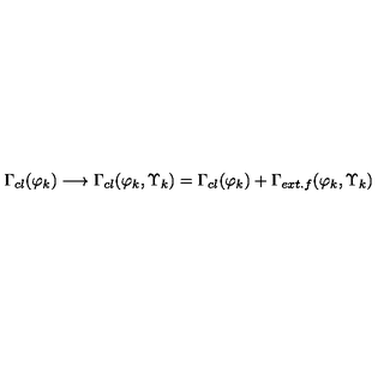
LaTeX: \Gamma _ { c l } ( \varphi _ { k } ) \longrightarrow \Gamma _ { c l } ( \varphi _ { k } , \Upsilon _ { k } ) = \Gamma _ { c l } ( \varphi _ { k } ) + \Gamma _ { e x t . f } ( \varphi _ { k } , \Upsilon _ { k } )